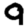
Digit: 9